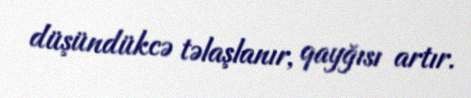
düşündükcə təlaşlanır, qayğısı artır.